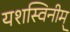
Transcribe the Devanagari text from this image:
यशस्विनीम्‌